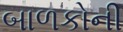
બાળકોની